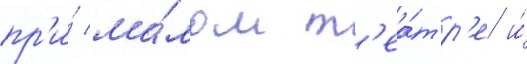
пр'и́ ма́лом т'еа́тр'е и́